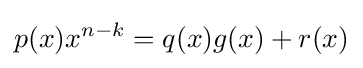
p(x)x^{n-k}=q(x)g(x)+r(x)